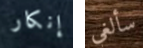
إنكار سألغي